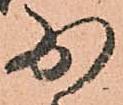
少